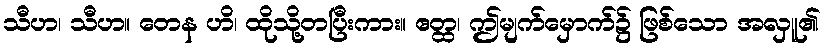
သီဟ၊ သီဟ။ တေန ဟိ၊ ထိုသို့တပြီးကား။ ဧတ္ထ၊ ဤမျက်မှောက်၌ ဖြစ်သော အလှူ၏